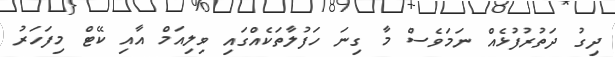
ދިގު ދަތުރުފުޅެއް ނަމަވެސް މާ ގިނަ ހަފުލާތަކެއްގައި ވިލިއަމް އާއި ކޭޓް މިފަހަރު